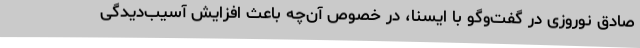
صادق نوروزی در گفت‌وگو با ایسنا، در خصوص آن‌چه باعث افزایش آسیب‌دیدگی